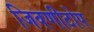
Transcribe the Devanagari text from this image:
जिवणीटोप